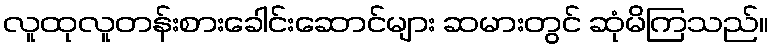
လူထုလူတန်းစားခေါင်းဆောင်များ ဆမားတွင် ဆုံမိကြသည်။